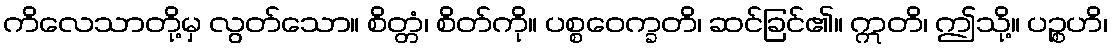
ကိလေသာတို့မှ လွတ်သော။ စိတ္တံ၊ စိတ်ကို။ ပစ္စဝေက္ခတိ၊ ဆင်ခြင်၏။ ဣတိ၊ ဤသို့။ ပဉ္စဟိ၊